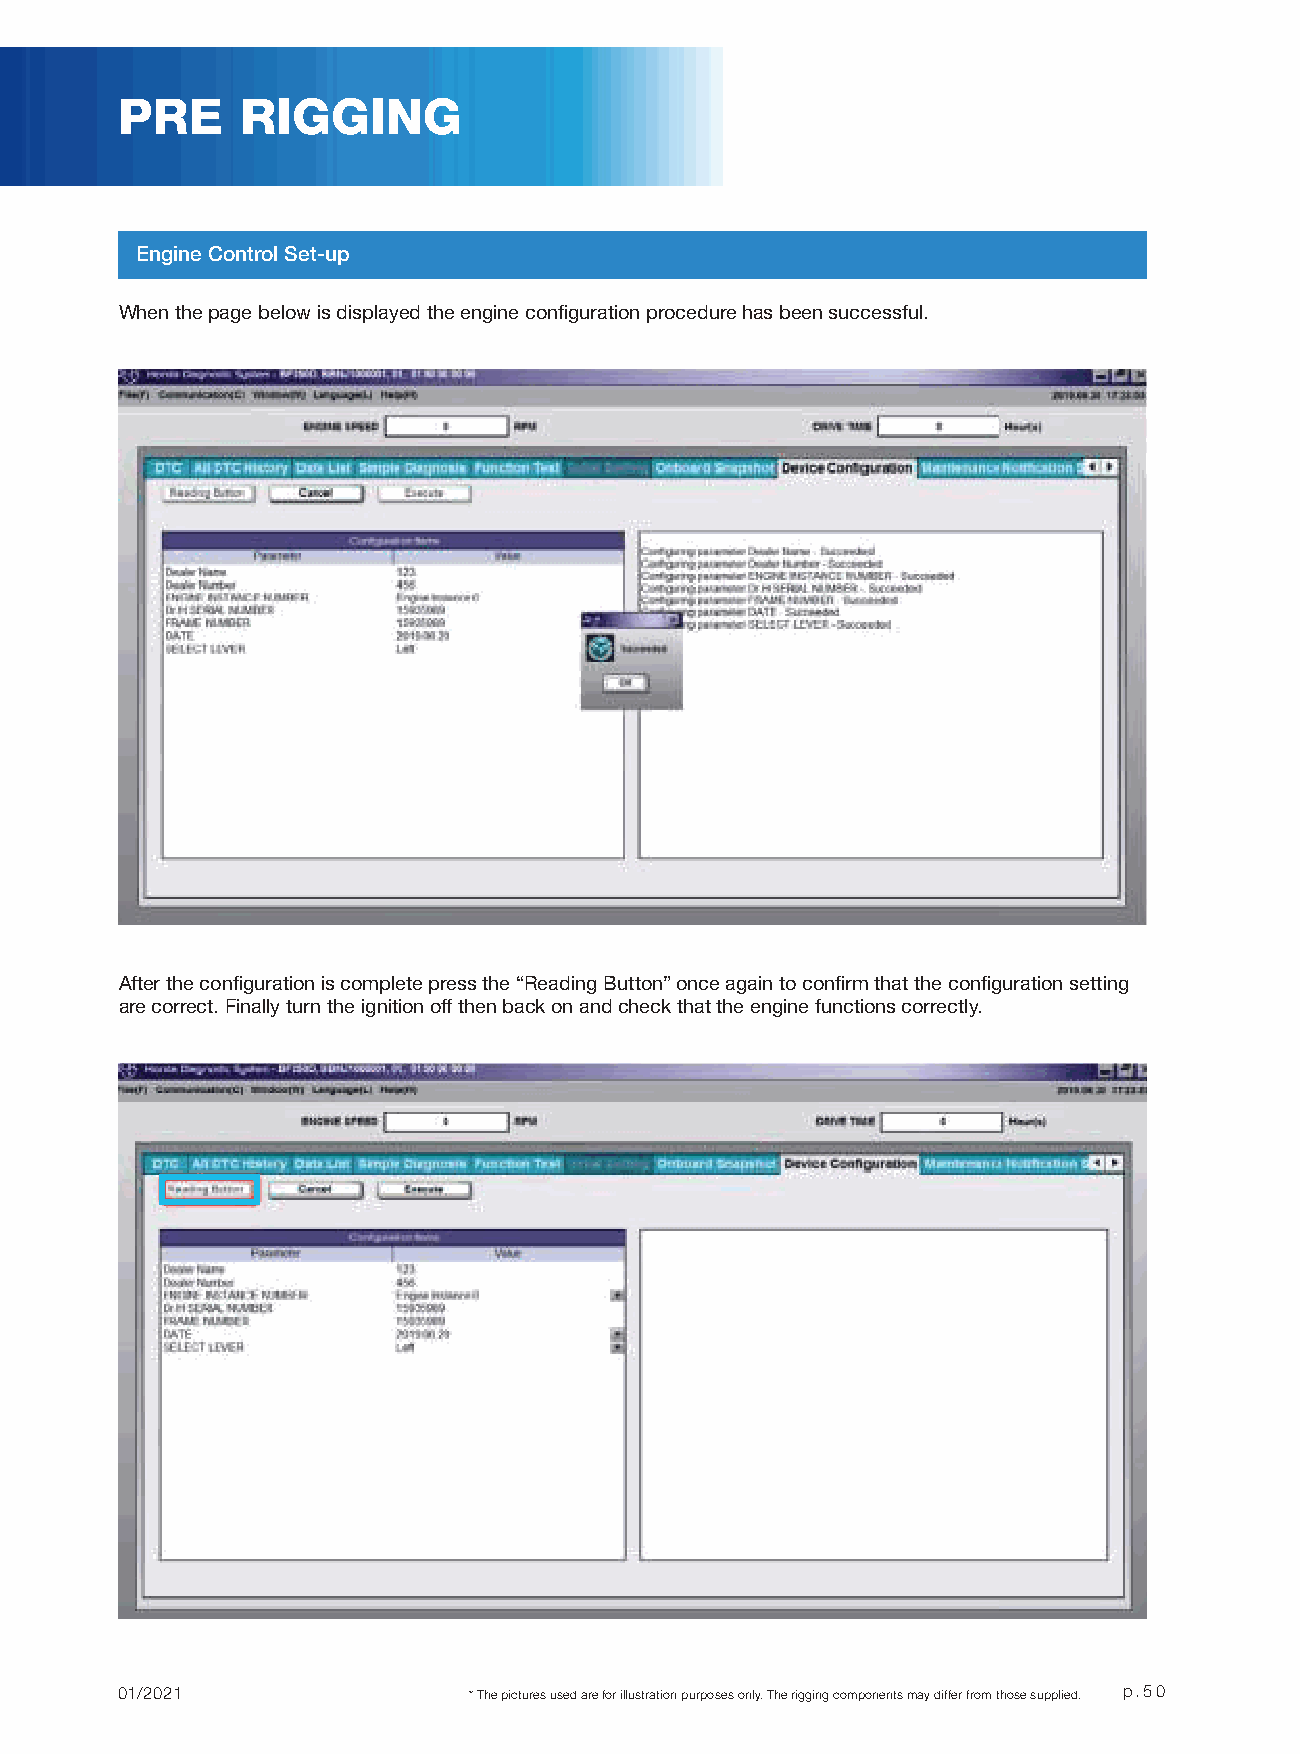
PRE     RIGGING
 Engine Control Set-up
 When the page below is displayed the engine confi guration procedure has been successful.
 After the confi guration is complete press the “Reading Button” once again to confi rm that the confi guration setting
 are correct. Finally turn the ignition off then back on and check that the engine functions correctly.
 01/2021                * The pictures used are for illustration purposes only. The rigging components may differ from those supplied. p.50